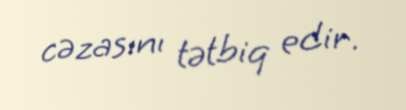
cəzasını tətbiq edir.